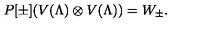
P [ \pm ] ( V ( \Lambda ) \otimes V ( \Lambda ) ) = W _ { \pm } .